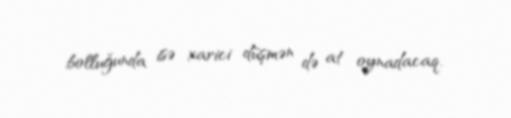
bolluğunda isə xarici düşmən də at oynadacaq.